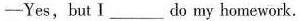
-Yes, but I___do my homework.